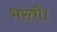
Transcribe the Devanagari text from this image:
भरतौ।